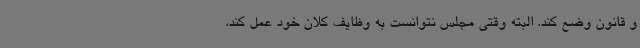
و قانون وضع کند. البته وقتی مجلس نتوانست به وظایف کلان خود عمل کند،